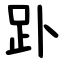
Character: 䟔